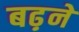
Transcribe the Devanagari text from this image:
बढ़़ने